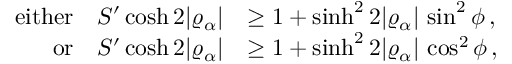
\begin{array} { r l } { \mathrm { e i t h e r } \quad S ^ { \prime } \cosh 2 \vert \varrho _ { \alpha } \vert } & { \geq 1 + \sinh ^ { 2 } 2 \vert \varrho _ { \alpha } \vert \, \sin ^ { 2 } \phi \, , } \\ { \mathrm { o r } \quad S ^ { \prime } \cosh 2 \vert \varrho _ { \alpha } \vert } & { \geq 1 + \sinh ^ { 2 } 2 \vert \varrho _ { \alpha } \vert \, \cos ^ { 2 } \phi \, , } \end{array}